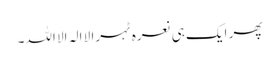
پھر ایک ہی نعرہ ٹہرا لا الہ الا اللہ۔